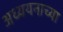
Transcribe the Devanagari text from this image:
अध्ययनाच्या